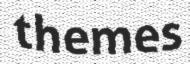
themes